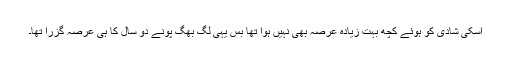
اسکی شادی کو ہوئے کچھ بہت زیادہ عرصہ بھی نہیں ہوا تھا بس یہی لگ بھگ پونے دو سال کا ہی عرصہ گزرا تھا۔